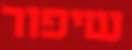
שיפור